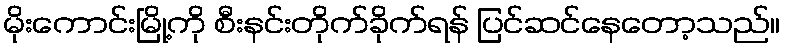
မိုးကောင်းမြို့ကို စီးနင်းတိုက်ခိုက်ရန် ပြင်ဆင်နေတော့သည်။